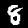
Digit: 8